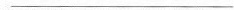
___